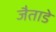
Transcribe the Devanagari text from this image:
जैताडे